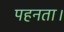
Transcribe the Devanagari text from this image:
पहनता।